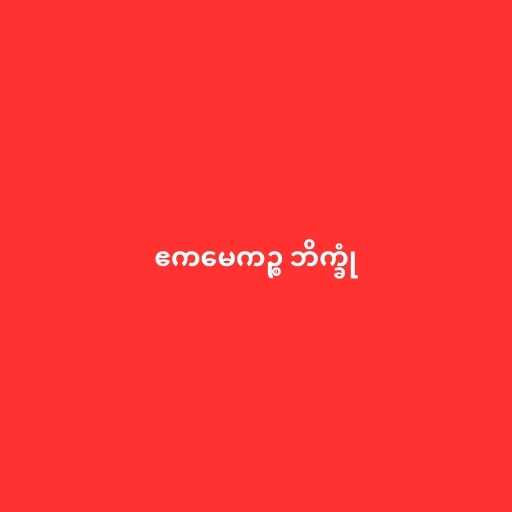
ဧကမေကဉ္စ ဘိက္ခုံ